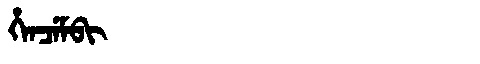
Manchu: ᡥᡝᠨᠴᡝᠮᠪᡳ
Romanization: HENCEMBI